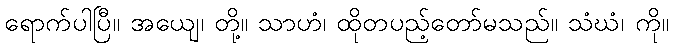
ရောက်ပါပြီ။ အယျေ၊ တို့။ သာဟံ၊ ထိုတပည့်တော်မသည်။ သံဃံ၊ ကို။